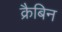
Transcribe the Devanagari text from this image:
क्रैबिन